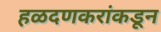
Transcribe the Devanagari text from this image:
हळदणकरांकडून